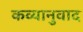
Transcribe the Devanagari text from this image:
कव्यानुवाद